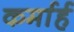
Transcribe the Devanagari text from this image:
कर्मार्ह